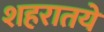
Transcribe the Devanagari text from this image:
शहरातये